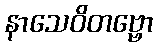
နာသေဝိတဗ္ဗော